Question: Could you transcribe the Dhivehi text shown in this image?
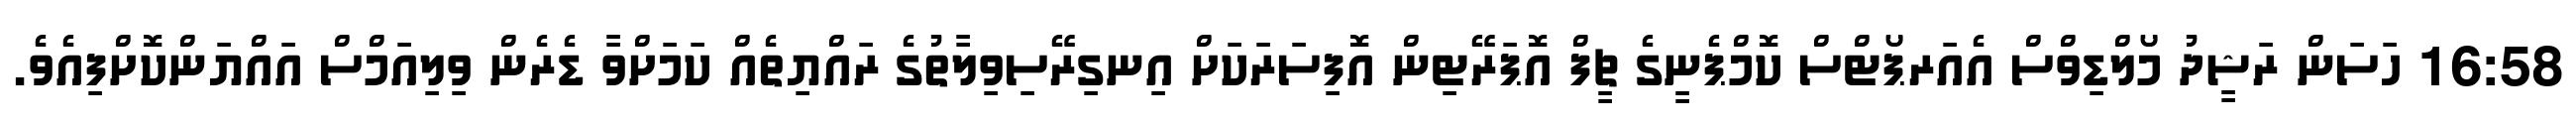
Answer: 16:58 ހަސަން ރަޝީދު މޯލްޑިވްސް އެއަރޕޯޓްސް ކޮމްޕެނީގެ ޗީފް އޮޕަރޭޓިން އޮފިސަރަކަށް އިނގިރޭސިވިލާތުގެ ރައްޔިތެއް ކަމަށްވާ ޑެރެން ވިލިއަމްސް އައްޔަންކޮށްފިއެވެ.